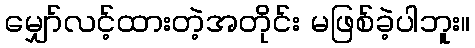
မျှော်လင့်ထားတဲ့အတိုင်း မဖြစ်ခဲ့ပါဘူး။